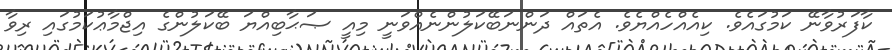
ކާފަރުވާނޭ ކަމުގައެވެ. ކިއެއްހެއްޔެވެ. އެތައް ދަންނަބޭކަލުންނެއްވަނީ މިއީ ޞަޙާބިއްޔަ ބޭކަލުންގެ އިޖްމާޢުކަމުގައި ރިވާ